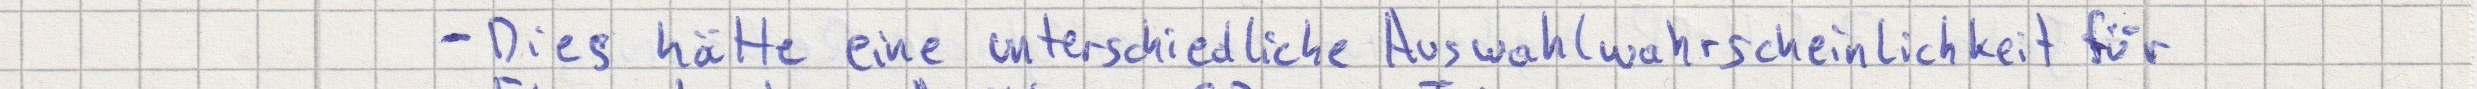
- Dies hätte eine unterschiedliche Auswahlwahrscheinlichkeit für